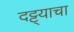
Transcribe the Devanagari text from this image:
दट्ट्याचा